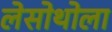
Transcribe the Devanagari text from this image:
लेसोथोला